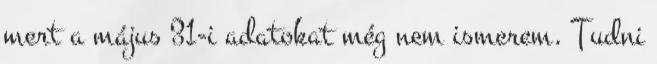
mert a május 31-i adatokat még nem ismerem. Tudni